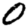
Digit: 0